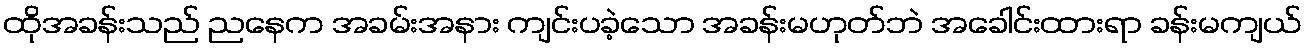
ထိုအခန်းသည် ညနေက အခမ်းအနား ကျင်းပခဲ့သော အခန်းမဟုတ်ဘဲ အခေါင်းထားရာ ခန်းမကျယ်